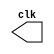
module clkGen (clk);
  parameter period = 2;
  output clk;
  reg clk;
  
  initial clk = 0;
  always 
		#(period/2) clk = ~clk;
endmodule